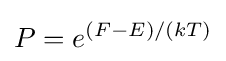
P=e^{(F-E)/(kT)}